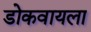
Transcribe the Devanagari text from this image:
डोकवायला